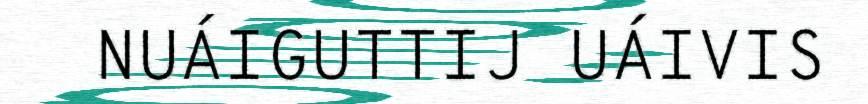
NUÁIGUTTIJ UÁIVIS